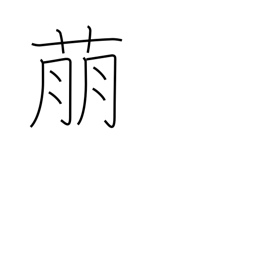
Meaning: show symptoms of